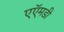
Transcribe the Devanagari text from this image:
एऍमडी